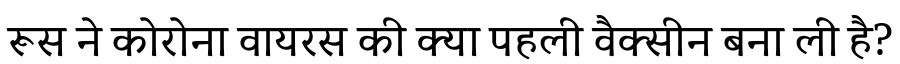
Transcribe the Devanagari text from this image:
रूस ने कोरोना वायरस की क्या पहली वैक्सीन बना ली है?